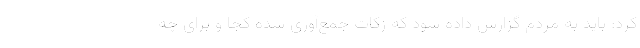
کرد: باید به مردم گزارش داده شود که زکات جمع‌آوری شده کجا و برای چه